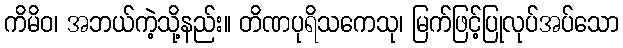
ကိမိဝ၊ အဘယ်ကဲ့သို့နည်း။ တိဏပုရိသကေသု၊ မြက်ဖြင့်ပြုလုပ်အပ်သော